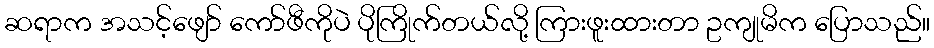
ဆရာက အသင့်ဖျော် ကော်ဖီကိုပဲ ပိုကြိုက်တယ်လို့ ကြားဖူးထားတာ ဥကျုမိက ပြောသည်။